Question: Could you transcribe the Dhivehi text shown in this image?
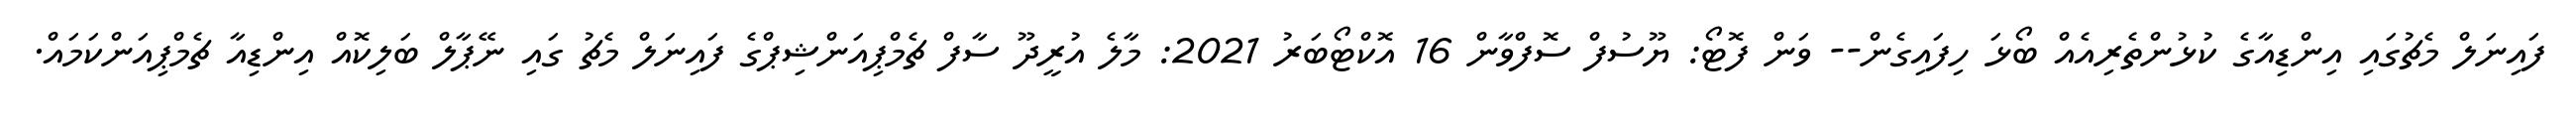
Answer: ފައިނަލް މެޗުގައި އިންޑިއާގެ ކުޅުންތެރިއެއް ބޯޅަ ހިފައިގެން-- ވަން ފޮޓޯ: ޔޫސުފް ސޮފްވާން 16 އޮކްޓޯބަރު 2021: މާލެ އުރީދޫ ސާފް ޗެމްޕިއަންޝިޕްގެ ފައިނަލް މެޗު ގައި ނޭޕާލް ބަލިކޮއް އިންޑިއާ ޗެމްޕިއަންކަމައް.